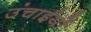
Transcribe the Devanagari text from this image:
उंचाईयों